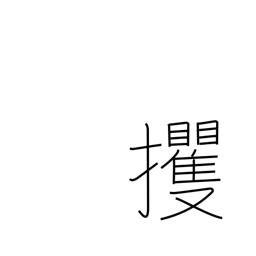
Meaning: abduct